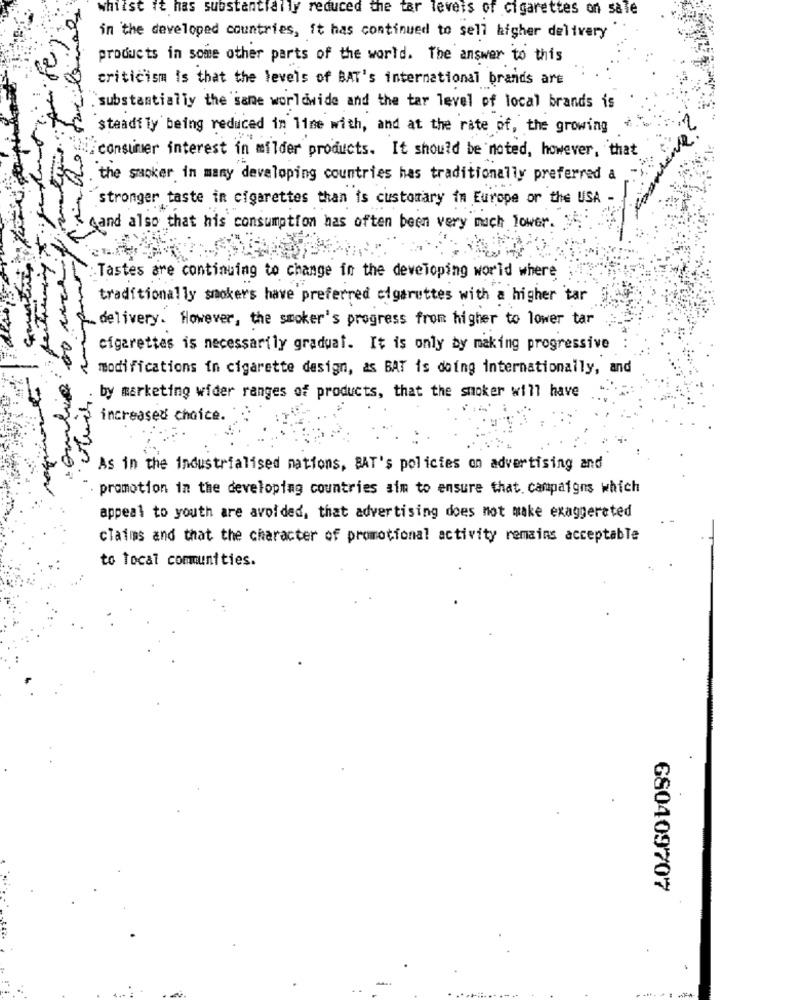
whilst it has substantially reduced the tar levels of cigarettes on sale
in the developed countries, it has continued to sell higher delivery
products in some other parts of the world. The answer to this
criticism is that the levels of BAT's international brands are
"substantially the same worldwide and the tar level of local brands is
steadily being reduced in line with, and at the rate of, the growing
Miconsumer interest in milder products. It should be noted, however, that
the smoker in many developing countries has traditionally preferred a
stronger taste in cigarettes than is customary in Europe or the USA -
Aand also that his consumption has often been very much lower.
Tastes are continuing to change in the developing world where
traditionally smokers have preferred cigarettes with a higher tar
delivery. However, the smoker's progress from higher to lower tar
cigarettes is necessarily gradual. It is only by making progressive
combio
modifications in cigarette design, as BAT is doing internationally, and
by marketing wider ranges of products, that the smoker will have
increased choice.
As in the industrialised nations, BAT's policies on advertising and
promotion in the developing countries aim to ensure that. campaigns which
appeal to youth are avoided, that advertising does not make exaggerated
claims and that the character of promotional activity remains acceptable
to local communities.
680409707